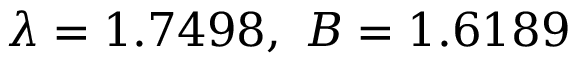
\lambda = 1 . 7 4 9 8 , \ B = 1 . 6 1 8 9